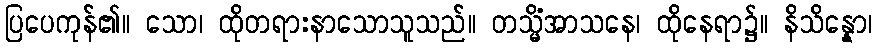
ပြပေကုန်၏။ သော၊ ထိုတရားနာသောသူသည်။ တသ္မိံအာသနေ၊ ထိုနေရာ၌။ နိသိန္နော၊